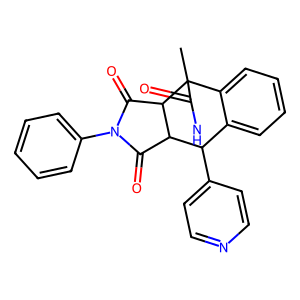
SMILES: CC12C(=O)NC(c3ccncc3)(c3ccccc31)C1C(=O)N(c3ccccc3)C(=O)C12
Inhibits HIV replication: No